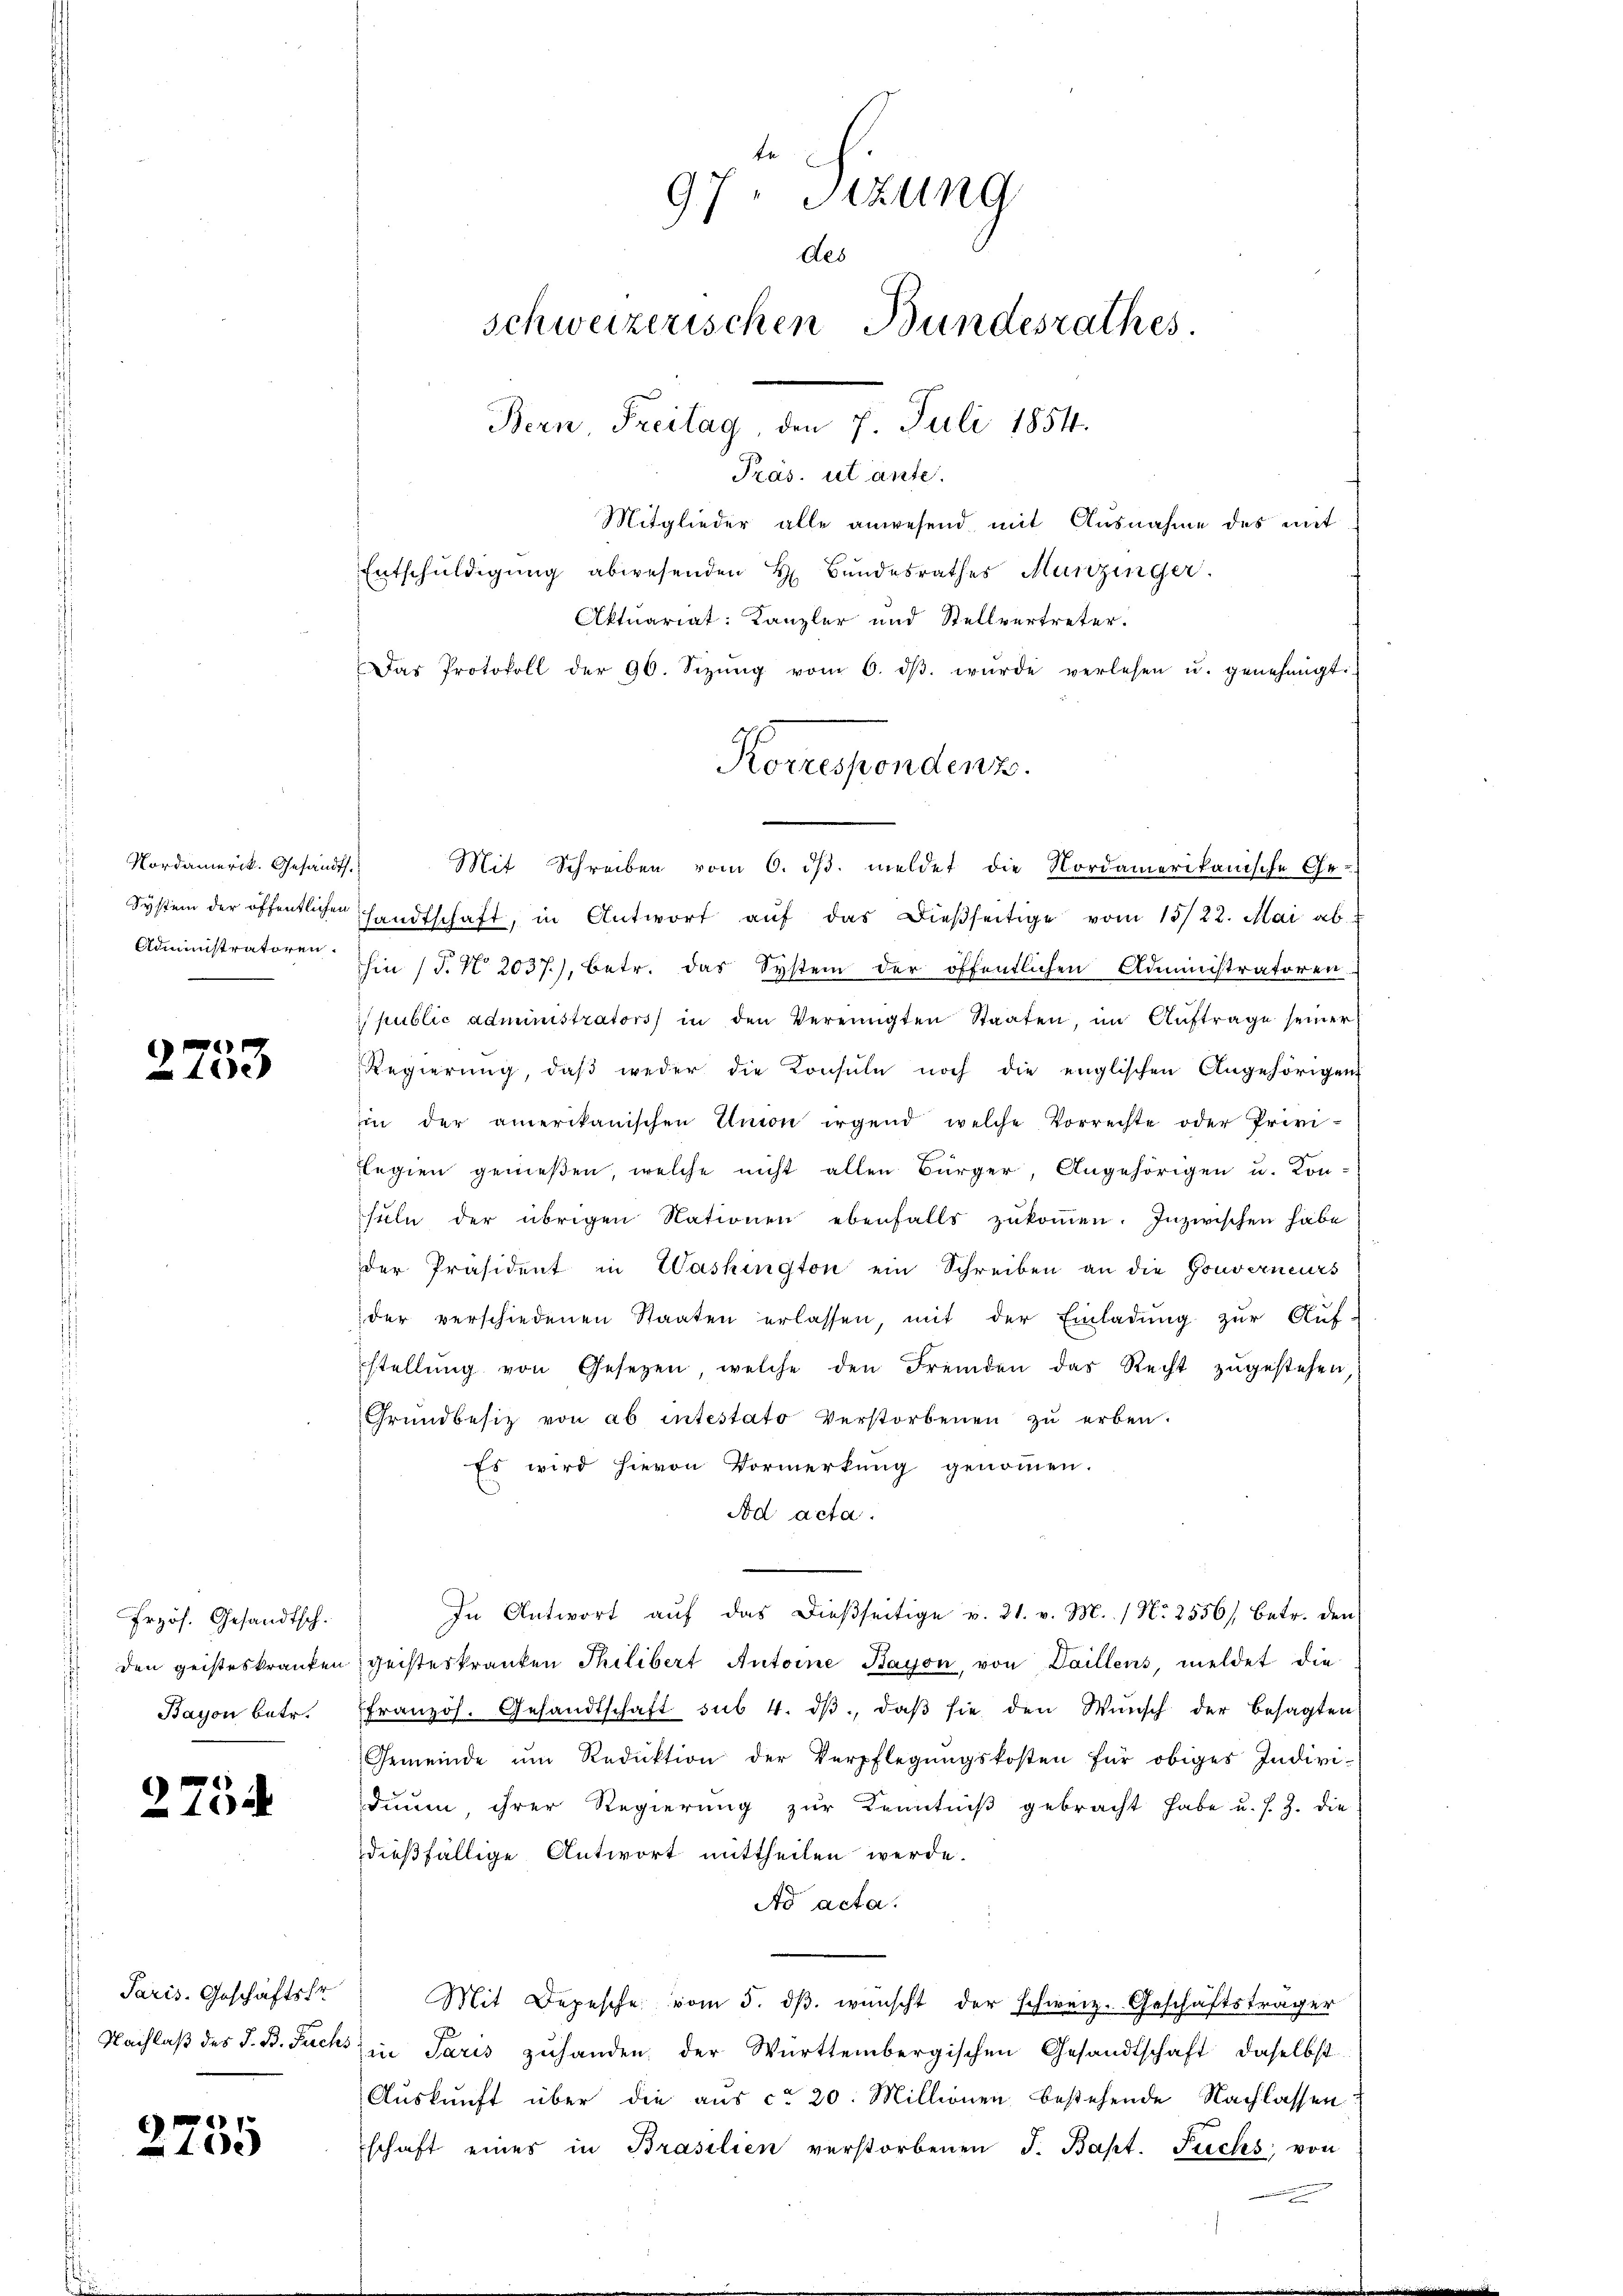
Nordamerik. Gesandt.
Administratoren.

1
x

Przös. Gesandtsch.
 den geisteskranken
Bayon betr.

275

Paris. Geschäftstr

2755

97. Sizung
des
schweizerischen Bundesrathes.
Bern, Freitag, den 7. Juli 1854.

Präs. ut ante.
Mitglieder alle anwesend, mit Ausnahme des mit
Entschuldigung abwesenden H. Bundesrathes Munzinger.
Aktuariat: Kanzler und Stellvertreter.
Das Protokoll der 90. Sizŭng vom 6. dβ wŭrde verlesen u. genehmigt.
System der öffentlichen Handtschaft, in Antwort aŭf das dießseitige vom 15/22. Mai ab
hin (T. No. 2037), betr. das System der öffentlichen Administratoren
public administrators in den Vereinigten Staaten, im Auftrage seiner
Regierung, daβ weder die Konsule noch die englischen Angehörigen
in der amerikanischen Union irgend welche Vorrechte oder Privi-
legien genießen, welche nicht allen Bürger, Angehörigen u. Kon-
suln der übrigen Nationen ebenfalls zukommen. Inzwischen habe
der Präsident in Washington ein Schreiben an die Gouverneurs
der verschiedenen Staaten erlassen, mit der Einladŭng zŭr Aŭf-
stellŭng von Gesetzen, welche den Fremden das Recht zŭgestehen,
Grundbesitz von ab intestato verstorbenen zu erben.
Es wird hievon Vormerkung genommen.
Ad acta.
In Antwort aŭf das dießseitige v. 21. v. M. / N. 2556/ betr. den
geisteskranken Thilibert Antoine Bayon, von Daillens, meldet die
ffranzös. Gesandtschaft sub 4. dβ, daβ sie den Wŭnsch der besagten
Gemeinde ŭm Reduktion der Verpflegŭngskosten für obiges Individuum, ihrer Regierŭng zŭr Kenntniβ gebracht habe u. s. Z. die
dießfällige Antwort mittheilen werde.
Ad acta.
Mit Depesche vom 5. dβ. wünscht der schweiz. Geschäftsträger
Nachlaβ des S. B. Fuchs in Paris zŭ handen, der Württembergischen Gesandtschaft daselbst
Auskunft über die aus ca 20. Millionen bestehende Nachlassenschaft eines in Brasilien verstorbenen J. Bapt. Fuchs von
e

Korrespondenz.
Mit Schreiben vom 6. dβ. meldet die Nordamerikanische Ge-